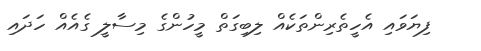
ފިޔަވައި އެހީތެރިންތަކެއް ލިބިގަތް މީހުންގެ މިސާލީ ގެއެއް ހަދައި